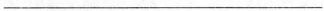
___